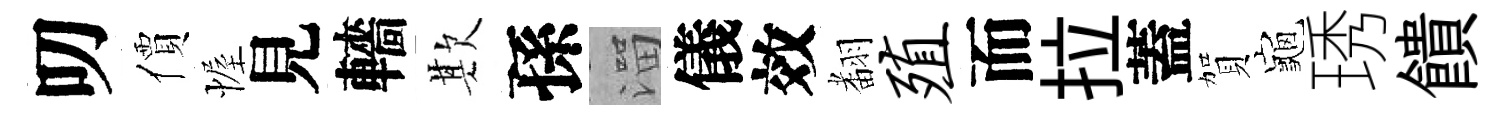
叨價幄見轖欺孫溜儀效𮋒殖而拉蓋賀龜琇饋